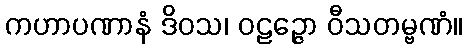
ကဟာပဏာနံ ဒိဝသ၊ ဝဠဉ္ဇော ဝီသတမ္ဗဏံ။